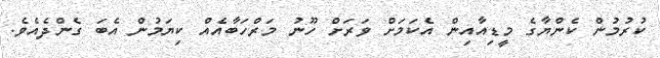
ކުރުމުން ކެންޔާގެ މީޑިއާއިން އެކަމަށް ވަރަށް ހޫނު މަރްހަބާއެއް ކިޔަމުން އެބަ ގެންދެއެވެ.